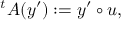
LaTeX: { } ^ { t } A ( y ^ { \prime } ) : = y ^ { \prime } \circ u ,